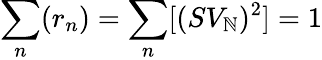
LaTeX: \sum_{n}(r_{n})=\sum_{n}[(SV_{\mathbb{N}})^{2}]=1